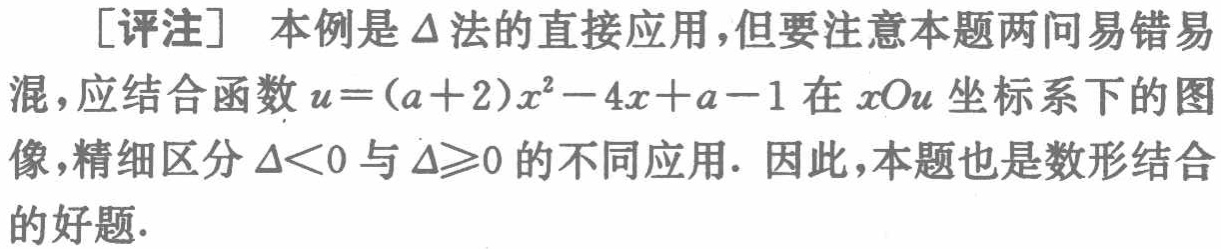
[评注] 本例是\(\Delta\)法的直接应用,但要注意本题两问易错易混，应结合函数\(u = (a + 2)x^{2}-4x + a - 1\)在\(xOu\)坐标系下的图像，精细区分\(\Delta<0\)与\(\Delta\geqslant0\)的不同应用. 因此，本题也是数形结合的好题.